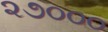
૨૭૦૦૦